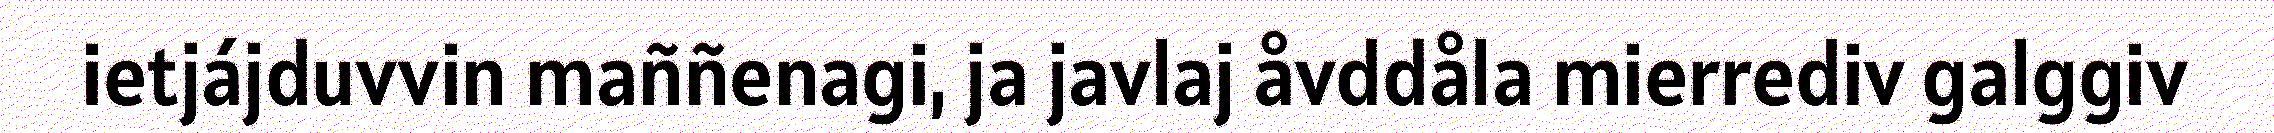
ietjájduvvin maññenagi, ja javlaj åvddåla mierrediv galggiv